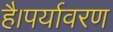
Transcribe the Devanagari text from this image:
है।पर्यावरण